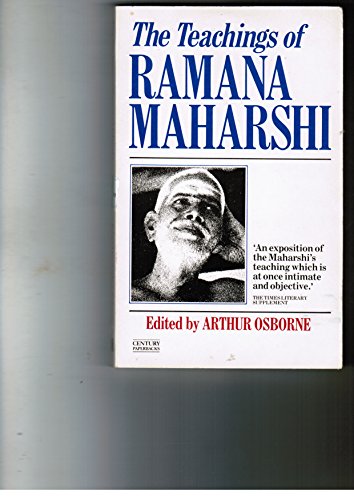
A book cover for The Teachings of Ramana Maharshi; Arthur Osborne; Religion & Spirituality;